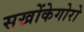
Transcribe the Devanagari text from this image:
सखोंकेगोरो